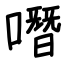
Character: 噆